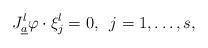
LaTeX: \begin{gather*}J_{\underline{a}}^{l}\varphi\cdot\xi_{j}^{l}=0,\,\,\,j=1,\dots,s,\end{gather*}